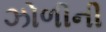
ઝોળીની